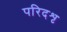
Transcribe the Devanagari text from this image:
परिदशृ